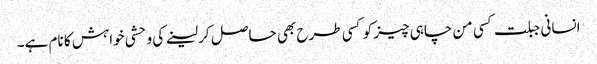
انسانی جبلت کسی من چاہی چیز کو کسی طرح بھی حاصل کر لینے کی وحشی خواہش کا نام ہے۔